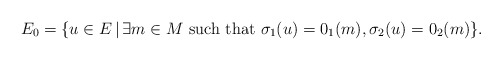
\begin{align*}E_0=\{u\in E\,|\,\exists m\in M \mbox{~such that~} \sigma_1(u)=0_1(m), \sigma_2(u)=0_2(m)\}.\end{align*}